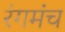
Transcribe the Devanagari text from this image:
रंगमंच